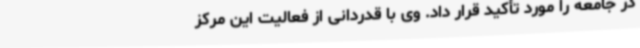
در جامعه را مورد تأکید قرار داد. وی با قدردانی از فعالیت این مرکز